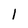
Character: 1